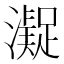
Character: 𱩢